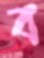
ব